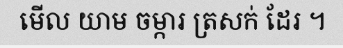
មើល យាម ចម្ការ ត្រសក់ ដែរ ។